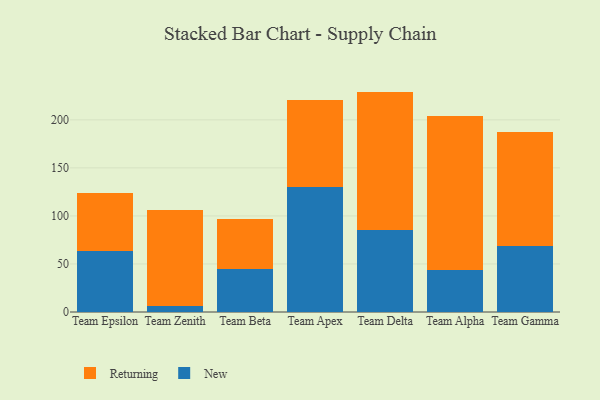
{"axis": {"x": "Team", "y": "Gross Profit (USD K)"}, "legend": ["New", "Returning"], "data": [{"x": "Team Epsilon", "y": 64.0, "type": "New"}, {"x": "Team Epsilon", "y": 59.4, "type": "Returning"}, {"x": "Team Zenith", "y": 6.4, "type": "New"}, {"x": "Team Zenith", "y": 99.8, "type": "Returning"}, {"x": "Team Beta", "y": 45.2, "type": "New"}, {"x": "Team Beta", "y": 51.9, "type": "Returning"}, {"x": "Team Apex", "y": 129.9, "type": "New"}, {"x": "Team Apex", "y": 90.9, "type": "Returning"}, {"x": "Team Delta", "y": 85.5, "type": "New"}, {"x": "Team Delta", "y": 143.9, "type": "Returning"}, {"x": "Team Alpha", "y": 43.2, "type": "New"}, {"x": "Team Alpha", "y": 160.5, "type": "Returning"}, {"x": "Team Gamma", "y": 68.7, "type": "New"}, {"x": "Team Gamma", "y": 119.0, "type": "Returning"}]}